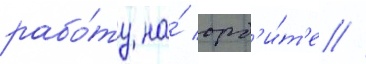
рабо́ту на́ орб'и́т'е //